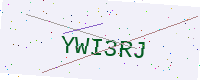
Text: YWI3RJ